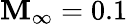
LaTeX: \mathbf{M}_{\infty}=0.1